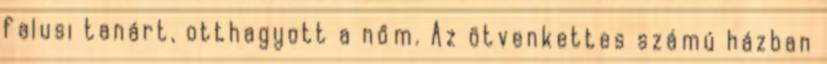
falusi tanárt, otthagyott a nőm. Az ötvenkettes számú házban